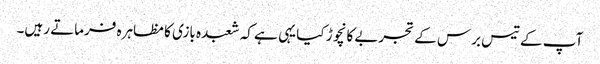
آپ کے تیس برس کے تجربے کا نچوڑ کیا یہی ہے کہ شعبدہ بازی کا مظاہرہ فرماتے رہیں۔